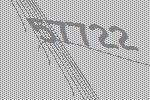
57722